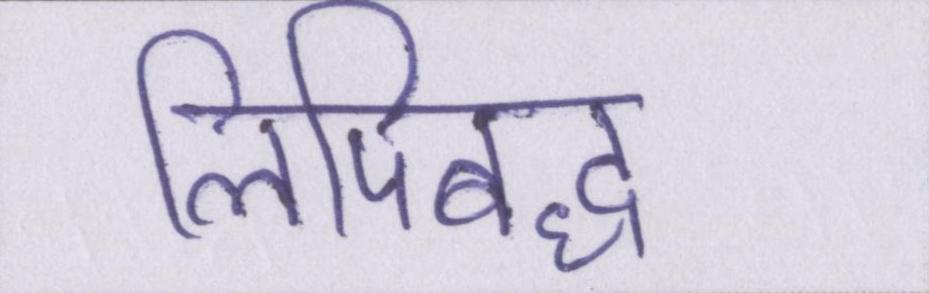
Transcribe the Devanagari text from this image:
लिपिबद्ध